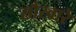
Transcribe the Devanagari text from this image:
सौरवारे